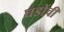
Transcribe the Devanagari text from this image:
घडोंची